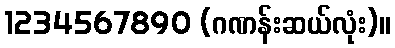
1234567890 (ဂဏန်းဆယ်လုံး)။